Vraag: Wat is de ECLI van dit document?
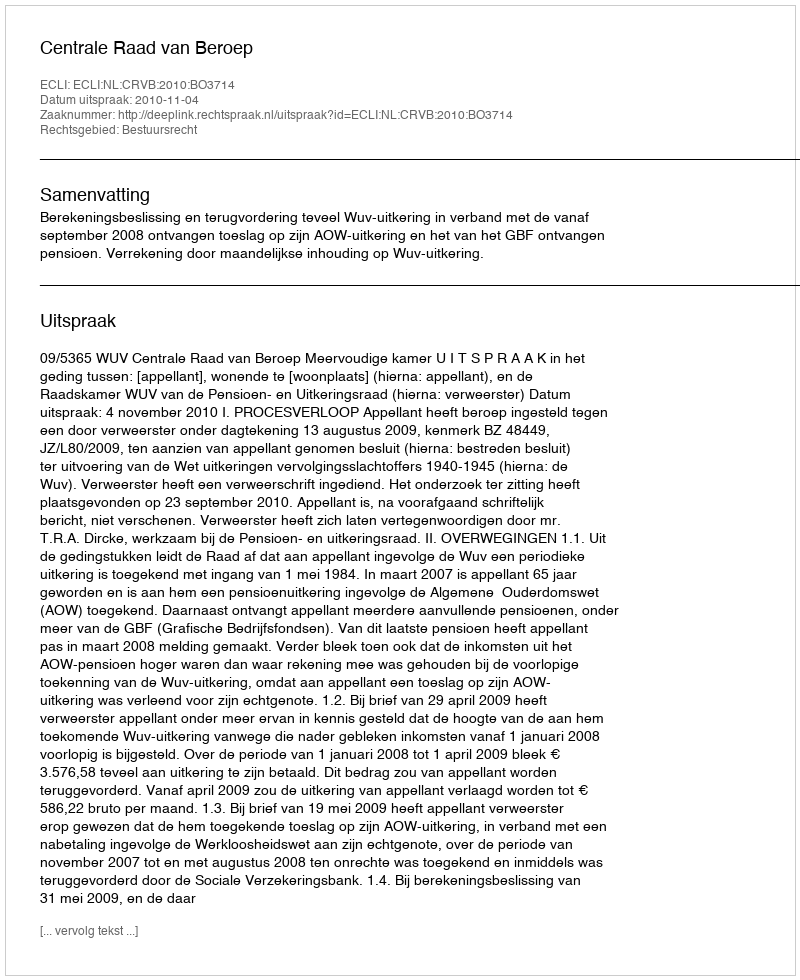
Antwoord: ECLI:NL:CRVB:2010:BO3714